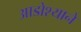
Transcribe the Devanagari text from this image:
आडोश्याने